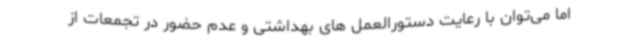
اما می‌توان با رعایت دستورالعمل های بهداشتی و عدم حضور در تجمعات از